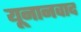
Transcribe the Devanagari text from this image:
यूनानवाद